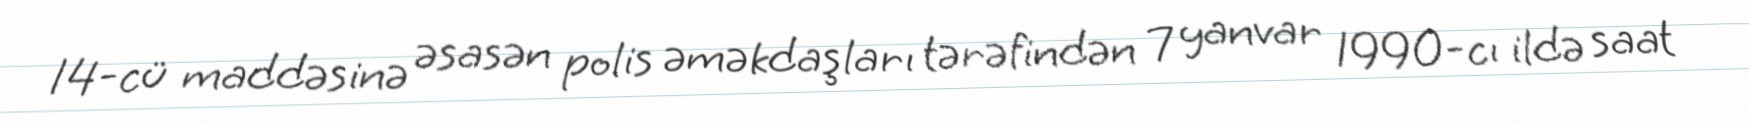
14-cü maddəsinə əsasən polis əməkdaşları tərəfindən 7 yanvar 1990-cı ildə saat